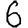
Digit: 6